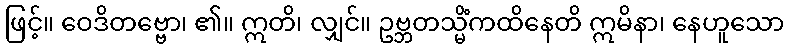
ဖြင့်။ ဝေဒိတဗ္ဗော၊ ၏။ ဣတိ၊ လျှင်။ ဥဗ္ဘတသ္မိံကထိနေတိ ဣမိနာ၊ နေဟူသော